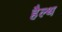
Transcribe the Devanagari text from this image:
हैल्‍थ